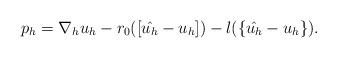
LaTeX: \begin{align*}p_h = \nabla_h u_h - r_0([\hat{u_h}-u_h]) - l(\{\hat{u_h}-u_h\}).\end{align*}